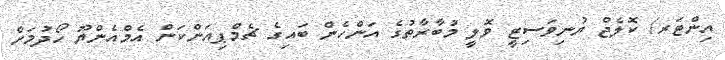
އިންޓަރ/ ކޮލެޖް ޔުނިވަސިޓީ ވޮލީ މުބާރާތުގެ އަންހެން ބައިގެ ޗެމްޕިއަންކަން އެމްއެންޔޫ ހޯދުމަށް